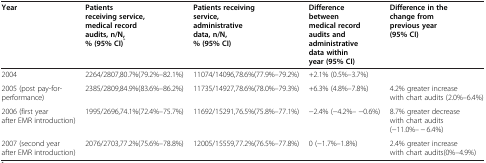
<table><thead><tr><td><b>Year</b></td><td><b>Patients receiving service, medical record audits, n/N, % (95% CI)<sup>*</sup></b></td><td><b>Patients receiving service, administrative data, n/N, % (95% CI)</b></td><td><b>Difference between medical record audits and administrative data within year (95% CI)</b></td><td><b>Difference in the change from previous year (95% CI)</b></td></tr></thead><tbody><tr><td>2004</td><td>2264/2807,80.7%(79.2%–82.1%)</td><td>11074/14096,78.6%(77.9%–79.2%)</td><td>+2.1% (0.5%–3.7%)</td><td> </td></tr><tr><td>2005 (post pay-for- performance)</td><td>2385/2809,84.9%(83.6%–86.2%)</td><td>11735/14927,78.6%(78.0%–79.3%)</td><td>+6.3% (4.8%–7.8%)</td><td>4.2% greater increase with chart audits (2.0%–6.4%)</td></tr><tr><td>2006 (first year after EMR introduction)</td><td>1995/2696,74.1%(72.4%–75.7%)</td><td>11692/15291,76.5%(75.8%–77.1%)</td><td>−2.4% (−4.2%– −0.6%)</td><td>8.7% greater decrease with chart audits (−11.0%– − 6.4%)</td></tr><tr><td>2007 (second year after EMR introduction)</td><td>2076/2703,77.2%(75.6%–78.8%)</td><td>12005/15559,77.2%(76.5%–77.8%)</td><td>0 (−1.7%–1.8%)</td><td>2.4% greater increase with chart audits(0%–4.9%)</td></tr></tbody></table>